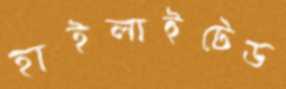
হাইলাইটেড